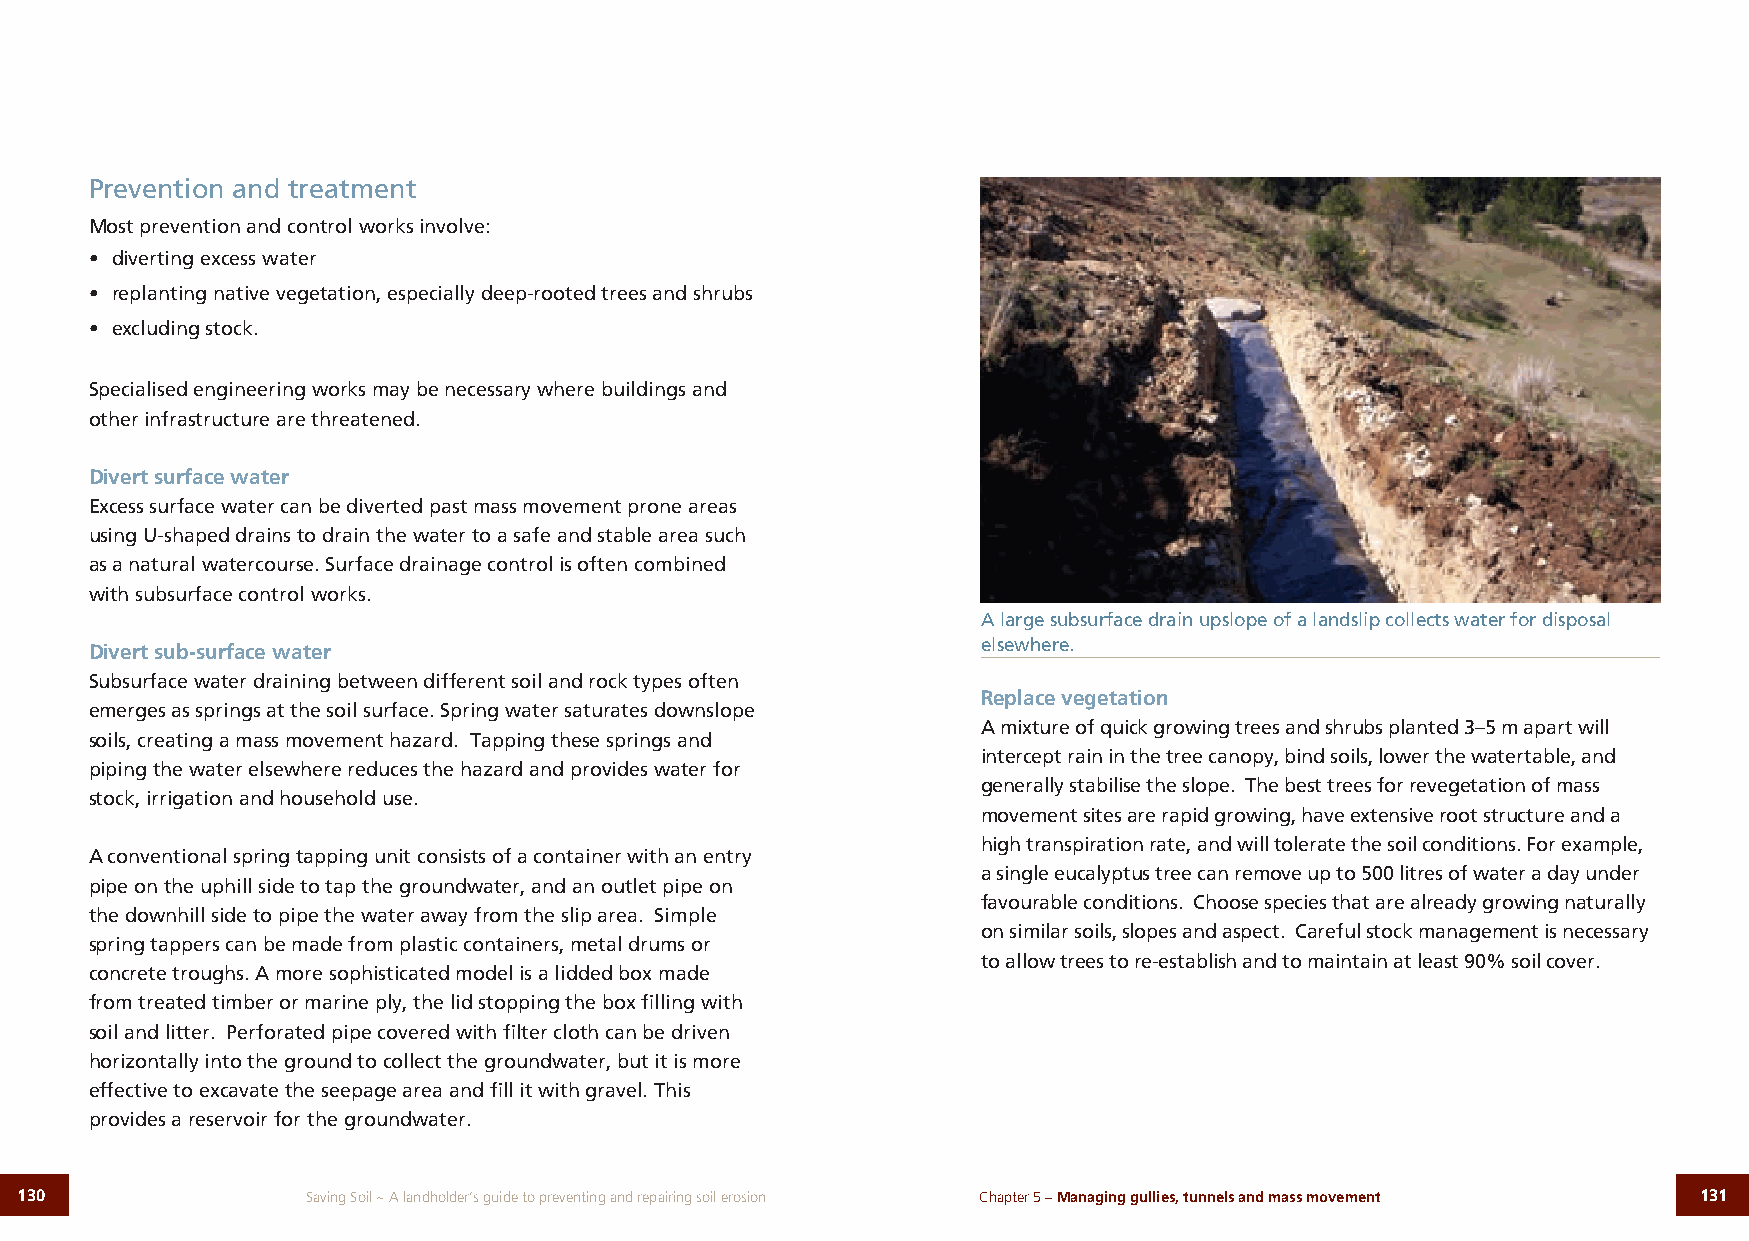
Prevention and treatment
 Most prevention and control works involve:
 • diverting excess water
 • replanting native vegetation, especially deep-rooted trees and shrubs
 • excluding stock.
 Specialised engineering works may be necessary where buildings and
 other infrastructure are threatened.
 Divert surface water
 Excess surface water can be diverted past mass movement prone areas
 using U-shaped drains to drain the water to a safe and stable area such
 as a natural watercourse. Surface drainage control is often combined
 with subsurface control works.
 A large subsurface drain upslope of a landslip collects water for disposal
 elsewhere.
 Divert sub-surface water
 Subsurface water draining between different soil and rock types often
 Replace vegetation
 emerges as springs at the soil surface. Spring water saturates downslope
 A mixture of quick growing trees and shrubs planted 3–5 m apart will
 soils, creating a mass movement hazard. Tapping these springs and
 intercept rain in the tree canopy, bind soils, lower the watertable, and
 piping the water elsewhere reduces the hazard and provides water for
 generally stabilise the slope. The best trees for revegetation of mass
 stock, irrigation and household use.
 movement sites are rapid growing, have extensive root structure and a
 high transpiration rate, and will tolerate the soil conditions. For example,
 A conventional spring tapping unit consists of a container with an entry
 a single eucalyptus tree can remove up to 500 litres of water a day under
 pipe on the uphill side to tap the groundwater, and an outlet pipe on
 favourable conditions. Choose species that are already growing naturally
 the downhill side to pipe the water away from the slip area. Simple
 on similar soils, slopes and aspect. Careful stock management is necessary
 spring tappers can be made from plastic containers, metal drums or
 to allow trees to re-establish and to maintain at least 90% soil cover.
 concrete troughs. A more sophisticated model is a lidded box made
 from treated timber or marine ply, the lid stopping the box filling with
 soil and litter. Perforated pipe covered with filter cloth can be driven
 horizontally into the ground to collect the groundwater, but it is more
 effective to excavate the seepage area and fill it with gravel. This
 provides a reservoir for the groundwater.
 130                Saving Soil ~ A landholder’s guide to preventing and repairing soil erosion Chapter 5 – Managing gullies, tunnels and mass movement 131